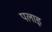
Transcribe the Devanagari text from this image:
पलाइ